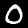
Digit: 0